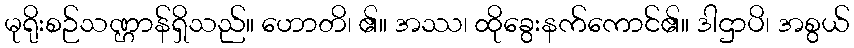
မုရိုးစဉ်သဏ္ဌာန်ရှိသည်။ ဟောတိ၊ ၏။ အဿ၊ ထိုခွေးနက်ကောင်၏။ ဒါဌာပိ၊ အစွယ်